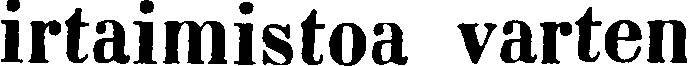
irtaimistoa varten